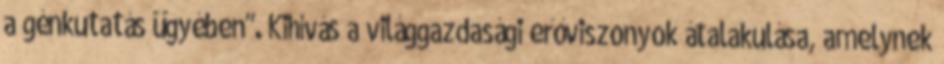
a génkutatás ügyében". Kihívás a világgazdasági erőviszonyok átalakulása, amelynek